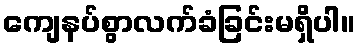
ကျေနပ်စွာလက်ခံခြင်းမရှိပါ။